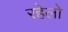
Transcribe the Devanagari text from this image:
रहेलो